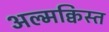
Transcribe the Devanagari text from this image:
अल्मक्विस्त